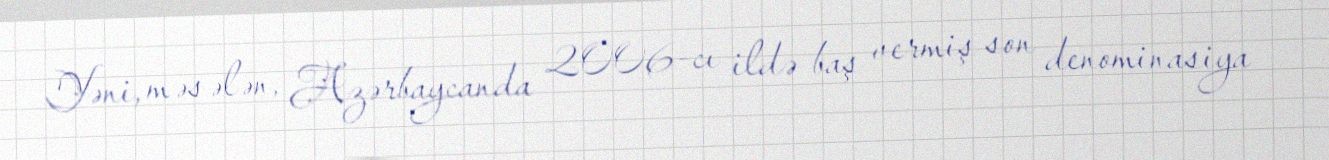
Yəni, məsələn, Azərbaycanda 2006-cı ildə baş vermiş son denominasiya